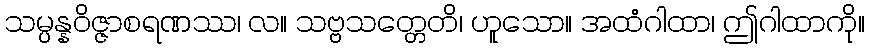
သမ္ပန္နဝိဇ္ဇာစရဏဿ၊ လ။ သဗ္ဗသတ္တေတိ၊ ဟူသော။ အထံဂါထာ၊ ဤဂါထာကို။